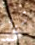
شئ